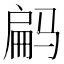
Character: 𱅝